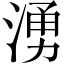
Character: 湧